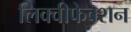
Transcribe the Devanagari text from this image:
लिक्वीफेक्शन